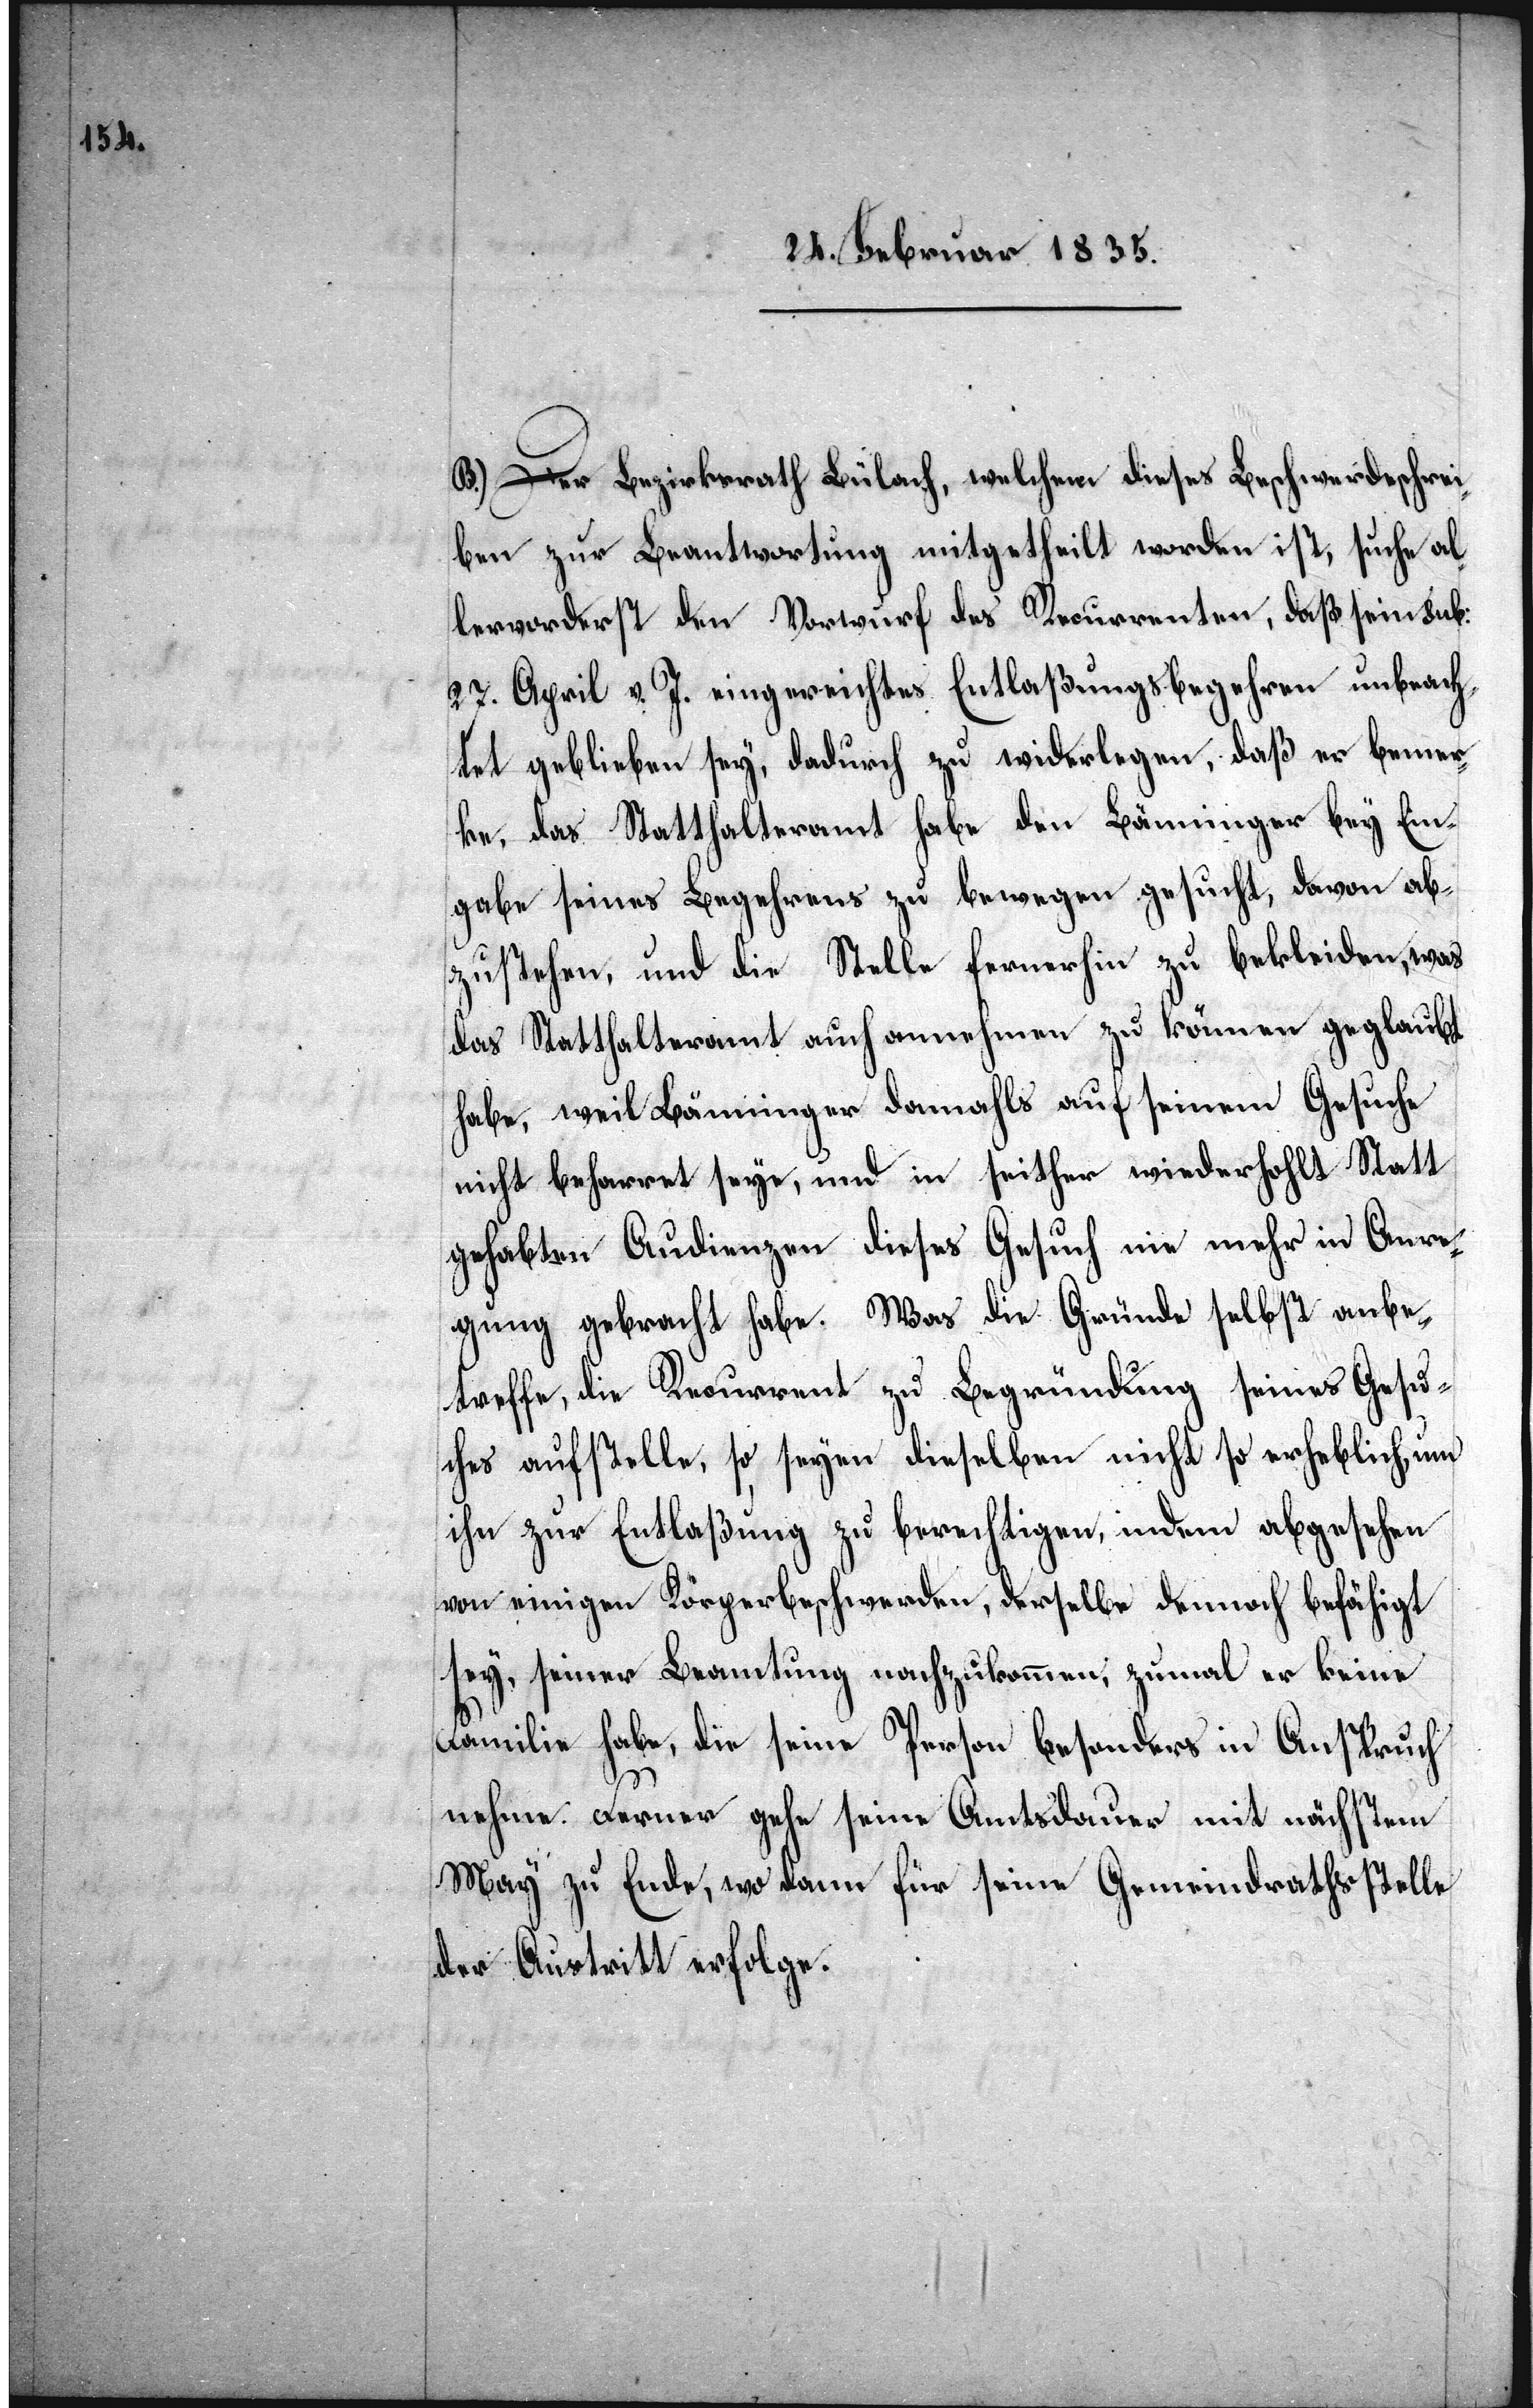
B.) Der Bezirksrath Bülach, welchem dieses Beschwerdeschrei¬
ben zur Beantwortung mitgetheilt worden ist, suche al¬
lervorderst den Vorwurf des Recurrenten, daß sein sub:
27. April v. J. eingereichtes Entlaßungsbegehren unbeach¬
tet geblieben sey, dadurch zu widerlegen, daß er bemer¬
ke, das Statthalteramt habe den Bänninger bey Ein¬
gabe seines Begehrens zu bewegen gesucht, davon ab¬
zustehen, und die Stelle fernerhin zu bekleiden, was
das Statthalteramt auch annehmen zu können geglaubt
habe, weil Bänninger damahls auf seinem Gesuche
nicht beharrt seye, und in seither wiederholt Statt
gehabten Anliegen dieses Gesuch nie mehr in Anre¬
gung gebracht habe. Was die Gründe selbst anbe¬
treffe, die Recurrent zu Begründung seines Gesu¬
ches aufstelle, so seyen dieselben nicht so erheblich, um
ihn zur Entlaßung zu berechtigen, indem abgesehen
von einigen Körperbeschwerden, derselbe demnach befähigt
sey, seiner Beamtung nachzukommen, zumal er keine
Familie habe, die seine Person besonders in Anspruch
nehme. Ferner gehe seine Amtsdauer mit nächstem
May zu Ende, wo dann für seine Gemeindrathsstelle
der Austritt erfolge.